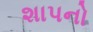
શાપનો